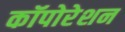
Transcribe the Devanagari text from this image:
कॉपोरेशन